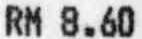
RM 8.60